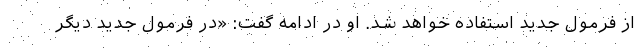
از فرمول جدید استفاده خواهد شد. او در ادامه گفت: «در فرمول جدید دیگر